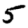
Digit: 5